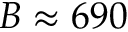
B \approx 6 9 0